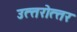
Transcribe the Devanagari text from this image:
उत्‍तरोत्‍तर